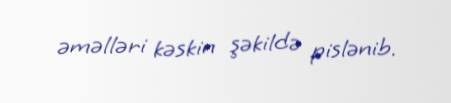
əməlləri kəskin şəkildə pislənib.